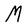
Character: M